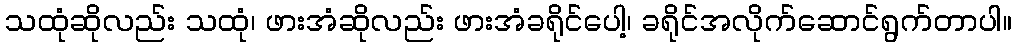
သထုံဆိုလည်း သထုံ၊ ဖားအံဆိုလည်း ဖားအံခရိုင်ပေါ့၊ ခရိုင်အလိုက်ဆောင်ရွက်တာပါ။